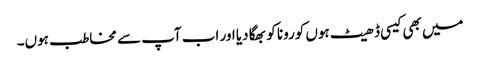
میں بھی کیسی ڈھیٹ ہوں کورونا کو بھگا دیا اور اب آپ سے مخاطب ہوں۔